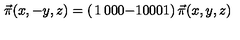
\vec { \pi } ( x , - y , z ) = \left( \begin{matrix} { 1 } & { 0 } & { 0 } \\ { 0 } & { - 1 } & { 0 } \\ { 0 } & { 0 } & { 1 } \\ \end{matrix} \right) \vec { \pi } ( x , y , z )